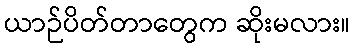
ယာဉ်ပိတ်တာတွေက ဆိုးမလား။